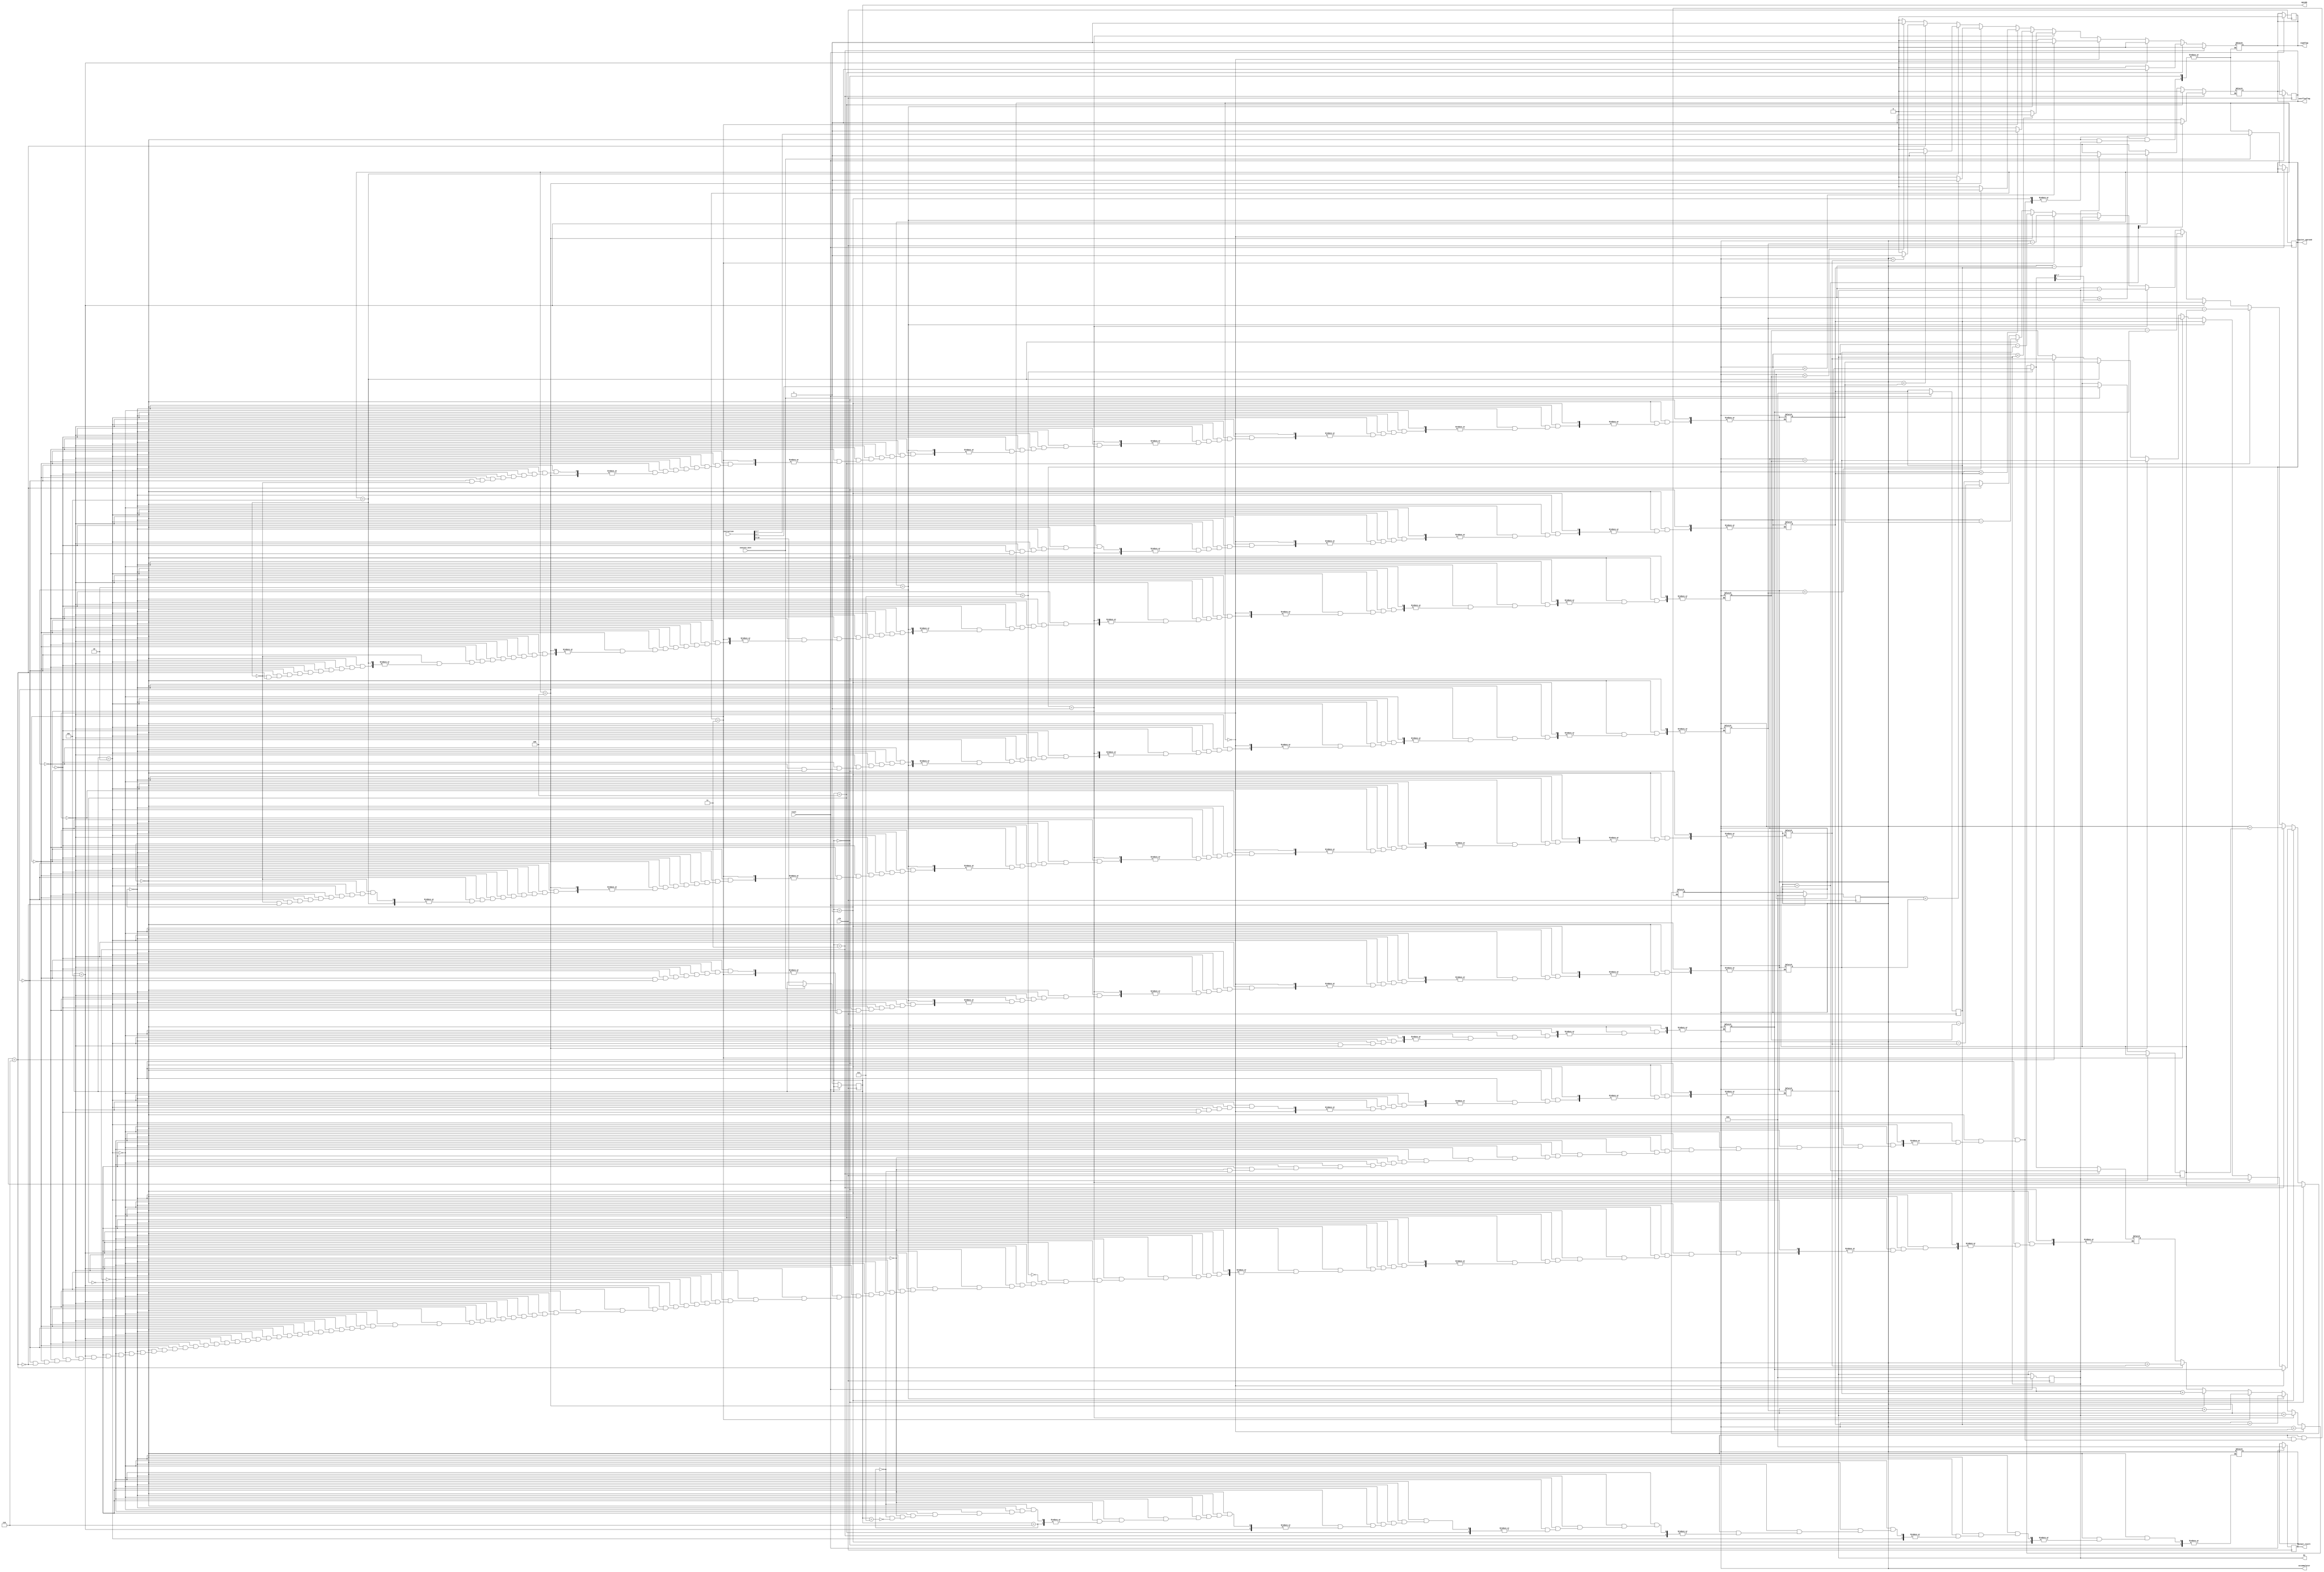
`timescale 1ns / 1ps
//////////////////////////////////////////////////////////////////////////////////
// Company: 
// Engineer: 
// 
// Design Name: 
// Module Name:    processor 
// Project Name: 
// Target Devices: 
// Tool versions: 
// Description: 
//
// Dependencies: 
//
// Revision: 
// Revision 0.01 - File Created
// Additional Comments: 
//
//////////////////////////////////////////////////////////////////////////////////
module processor(
    input [10:0] instruction,
    input clk,
    input execute_next,
    output reg [7:0] output_result,
    output reg signflag,
    output reg overflowflag,
	 input reset,
	 output reg [7:0] accummulator, 
	 output reg [7:0] R1,
	 output reg   [2:0] regsiter_operand,
	 output reg   [2:0] opcode
	 );


	 // reg [7:0] accummulator; //accummulator  
	 reg [7:0] R0, R2, R3, R4, R5, R6, R7; //regaiter bank
	 // reg [2:0] opcode;  // stotre 3 bits opcode 
	 reg [7:0] immediate_operand; // stotre 7 bits immediate operand 
    // reg [2:0] regsiter_operand;	 // stores 3 bits regsiter operand 
	 
	 reg [8:0] temp_accummulator; // to check for sign
	 
	 
	 always @(posedge clk)
	 if (reset)
		 begin
		 R1=0;
		 R2=0;
		 accummulator=0;
		 signflag=0;
       overflowflag=0;
		 output_result=0;	 
		 end
	 
	 else begin
	 
		 if (execute_next==1) // loading of instruction 
			 begin
			 opcode = instruction[10:8];
			 immediate_operand = instruction[7:0];
			 regsiter_operand =  instruction[7:5];
			 end
	 end
		
		
	always @(opcode or immediate_operand or regsiter_operand)
	begin
		
		if (opcode==3'b000) accummulator = immediate_operand; 
			 		
		else if (opcode==3'b001) begin
		   if (regsiter_operand==3'b000) accummulator = R0;
			else if (regsiter_operand==3'b001)  accummulator = R1; 
         else if (regsiter_operand==3'b010)  accummulator = R2; 
			else if (regsiter_operand==3'b011)  accummulator = R3; 
         else if (regsiter_operand==3'b100)  accummulator = R4;
			else if (regsiter_operand==3'b101)  accummulator = R5; 
         else if (regsiter_operand==3'b110)  accummulator = R6;
			else 	accummulator = R7;	
        end
       			 
		else if (opcode==3'b010) begin
		   if (regsiter_operand==3'b000) R0 = accummulator;
			else if (regsiter_operand==3'b001)  R1 = accummulator; 
         else if (regsiter_operand==3'b010)  R2 = accummulator; 
			else if (regsiter_operand==3'b011)  R3 = accummulator; 
         else if (regsiter_operand==3'b100)  R4 = accummulator;
			else if (regsiter_operand==3'b101)  R5 = accummulator; 
         else if (regsiter_operand==3'b110)  R6 = accummulator;
			else 	R7 = accummulator;	
        end
		
			 
		else if (opcode==3'b011)  begin
		      
				signflag=0;
				
				temp_accummulator = accummulator + immediate_operand;
				
				if (temp_accummulator[8] == 1) overflowflag =1; else overflowflag=0;
				
        		accummulator = accummulator + immediate_operand;
				
		      end

			
		else if (opcode==3'b100) begin
		
		     overflowflag=0;
		    
			  if (accummulator < immediate_operand) signflag =1; else signflag = 0;
			      accummulator = accummulator - immediate_operand;
			  
		     end
			  
			  
		else if (opcode==3'b101) begin
		
		     signflag=0;
				
				if (regsiter_operand==3'b000) temp_accummulator = accummulator + R0;
				else if (regsiter_operand==3'b001) temp_accummulator = accummulator + R1;
				else if (regsiter_operand==3'b010) temp_accummulator = accummulator + R2;
				else if (regsiter_operand==3'b011) temp_accummulator = accummulator + R3;
				else if (regsiter_operand==3'b100) temp_accummulator = accummulator + R4;
				else if (regsiter_operand==101) temp_accummulator = accummulator + R5;
				else if (regsiter_operand==3'b110) temp_accummulator = accummulator + R6;
				if (regsiter_operand==3'b111) temp_accummulator = accummulator + R7;
				
						
				if (temp_accummulator[8] == 1) overflowflag =1; else overflowflag=0;
				
        		accummulator = temp_accummulator[7:0];
		
		     end
			  
			  
		else if (opcode==3'b110) begin
		
		      overflowflag=0;
				
				if (regsiter_operand==3'b000) begin if (accummulator < R0) signflag =1; else signflag = 0; accummulator = accummulator - R0; end
				else if (regsiter_operand==3'b001) begin if (accummulator < R1) signflag =1; else signflag = 0;accummulator = accummulator - R1; end
				else if (regsiter_operand==3'b010) begin if (accummulator < R2) signflag =1; else signflag = 0; accummulator = accummulator - R2; end
				else if (regsiter_operand==3'b011) begin if (accummulator < R3) signflag =1; else signflag = 0;accummulator = accummulator - R3; end
				else if (regsiter_operand==3'b100) begin if (accummulator < R4) signflag =1; else signflag = 0;accummulator = accummulator - R4; end
				else if (regsiter_operand==3'b101) begin if (accummulator < R5) signflag =1; else signflag = 0;accummulator = accummulator - R5; end
				else if (regsiter_operand==3'b110) begin if (accummulator < R6) signflag =1; else signflag = 0;accummulator = accummulator - R6; end
				else begin if (accummulator < R7) signflag =1; else signflag = 0;accummulator = accummulator - R7; end
				
						
           end
			  
			  
		  else if (opcode==3'b111)  output_result = accummulator;
		
		
				
	end
	
endmodule